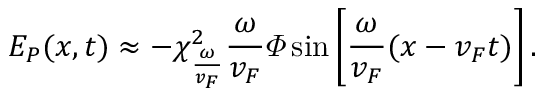
E _ { P } ( x , t ) \approx - \chi _ { \frac { \omega } { v _ { F } } } ^ { 2 } \frac { \omega } { v _ { F } } \varPhi \sin \left[ \frac { \omega } { v _ { F } } ( x - v _ { F } t ) \right] .